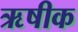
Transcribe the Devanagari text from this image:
ऋषीक